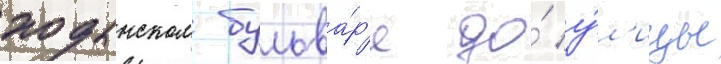
ходынском бульва́р'е до́ у́л'ицы